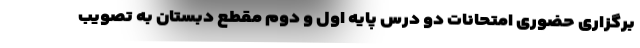
برگزاری حضوری امتحانات دو درس پایه اول و دوم مقطع دبستان به تصویب